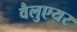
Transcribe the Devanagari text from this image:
वैलुएयर